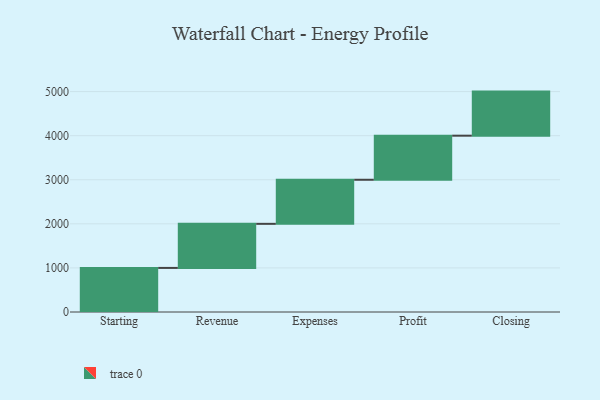
{"axis": {"x": "Step", "y": "Value"}, "legend": [""], "data": [{"x": "Starting", "y": 1000, "type": ""}, {"x": "Revenue", "y": 1000, "type": ""}, {"x": "Expenses", "y": 1000, "type": ""}, {"x": "Profit", "y": 1000, "type": ""}, {"x": "Closing", "y": 1000, "type": ""}]}